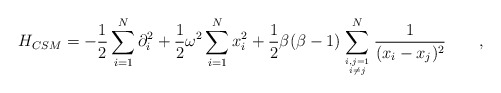
\begin{align*}H_{CSM} = - \frac{1}{2} \sum_{i=1}^N \partial_i^2+ \frac {1}{2} \omega^2 \sum_{i=1}^N x_i^2 + \frac {1}{2} \beta (\beta- 1) \sum_{{i,j=1}\atop {i\ne j}}^N \frac {1}{(x_i - x_j)^2}\qquad,\end{align*}